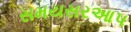
સમયસરઆપ